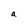
Character: a